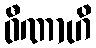
ဝီဏာဟိ